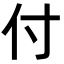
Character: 付